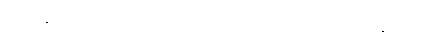
ဋ္ဌ-၁၉၀။ ဥဗ္ဗာဟိကသုတ်-အံ-၁၁-ပါ-၃၁၂၊ ဋ္ဌ-၃၁၀၊